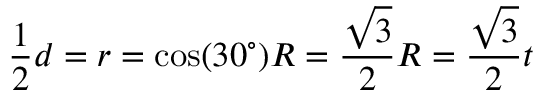
{ \frac { 1 } { 2 } } d = r = \cos ( 3 0 ^ { \circ } ) R = { \frac { \sqrt { 3 } } { 2 } } R = { \frac { \sqrt { 3 } } { 2 } } t